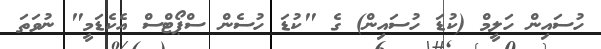
ހުސައިން ހަލީމް (ކުޑަ ހުސައިން) ގެ "ކުޑަ ހުސެން ސްޕޯޓްސް އެކެޑަމީ" ނުވަތަ